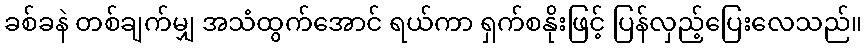
ခစ်ခနဲ တစ်ချက်မျှ အသံထွက်အောင် ရယ်ကာ ရှက်စနိုးဖြင့် ပြန်လှည့်ပြေးလေသည်။